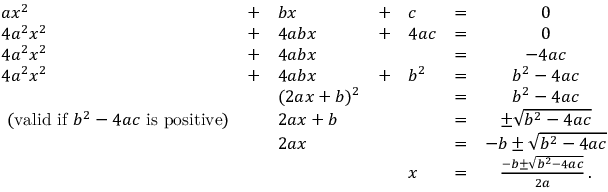
{ \begin{array} { l l l l l l c } { a x ^ { 2 } } & { + } & { b x } & { + } & { c } & { = } & { 0 } \\ { 4 a ^ { 2 } x ^ { 2 } } & { + } & { 4 a b x } & { + } & { 4 a c } & { = } & { 0 } \\ { 4 a ^ { 2 } x ^ { 2 } } & { + } & { 4 a b x } & & & { = } & { - 4 a c } \\ { 4 a ^ { 2 } x ^ { 2 } } & { + } & { 4 a b x } & { + } & { b ^ { 2 } } & { = } & { b ^ { 2 } - 4 a c } \\ & & { ( 2 a x + b ) ^ { 2 } } & & & { = } & { b ^ { 2 } - 4 a c } \\ { { \mathrm { ~ ( v a l i d ~ i f ~ } } b ^ { 2 } - 4 a c { \mathrm { ~ i s ~ p o s i t i v e ) } } } & & { 2 a x + b } & & & { = } & { \pm { \sqrt { b ^ { 2 } - 4 a c } } } \\ & & { 2 a x } & & & { = } & { - b \pm { \sqrt { b ^ { 2 } - 4 a c } } } \\ & & & & { x } & { = } & { { \frac { - b \pm { \sqrt { b ^ { 2 } - 4 a c } } } { 2 a } } \, . } \\ { \, } \end{array} }